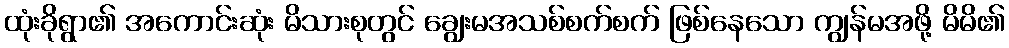
ထုံးခိုရွာ၏ အကောင်းဆုံး မိသားစုတွင် ချွေးမအသစ်စက်စက် ဖြစ်နေသော ကျွန်မအဖို့ မိမိ၏